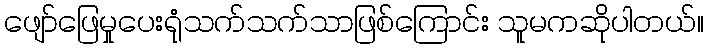
ဖျော်ဖြေမှုပေးရုံသက်သက်သာဖြစ်ကြောင်း သူမကဆိုပါတယ်။